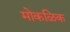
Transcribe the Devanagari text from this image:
मोकळिक